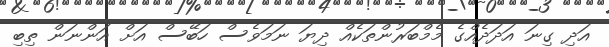
އަދި ގިނަ އަދަދެއްގެ މެމްބަރުންތަކެއް ދިޔަ ނަމަވެސް ހަބޭސް އަށް އަންނަން ތިބި